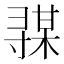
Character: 𰍦